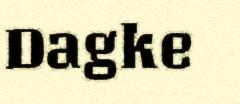
Dagke